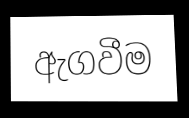
ඇගවීම